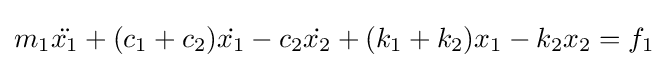
m_{1}{\ddot {x_{1}}}+(c_{1}+c_{2}){\dot {x_{1}}}-c_{2}{\dot {x_{2}}}+(k_{1}+k_{2})x_{1}-k_{2}x_{2}=f_{1}